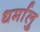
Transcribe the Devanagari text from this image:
धर्मालु